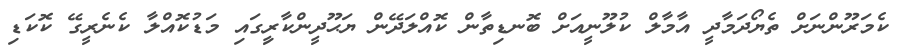
ކެމަރޫންނަށް ތެޔޯދަމާދީ އާމާލް ކުލޫނީއަށް ބޮނޑިތާން ކޮއްލަދޭން ޔަޙޫދީންކާރީިގައި މަޑުކޮއްލާ ކެނެރީގޭ ކޮކަޑި